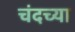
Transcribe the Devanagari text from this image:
चंदच्या